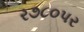
ર૭૮૦પર